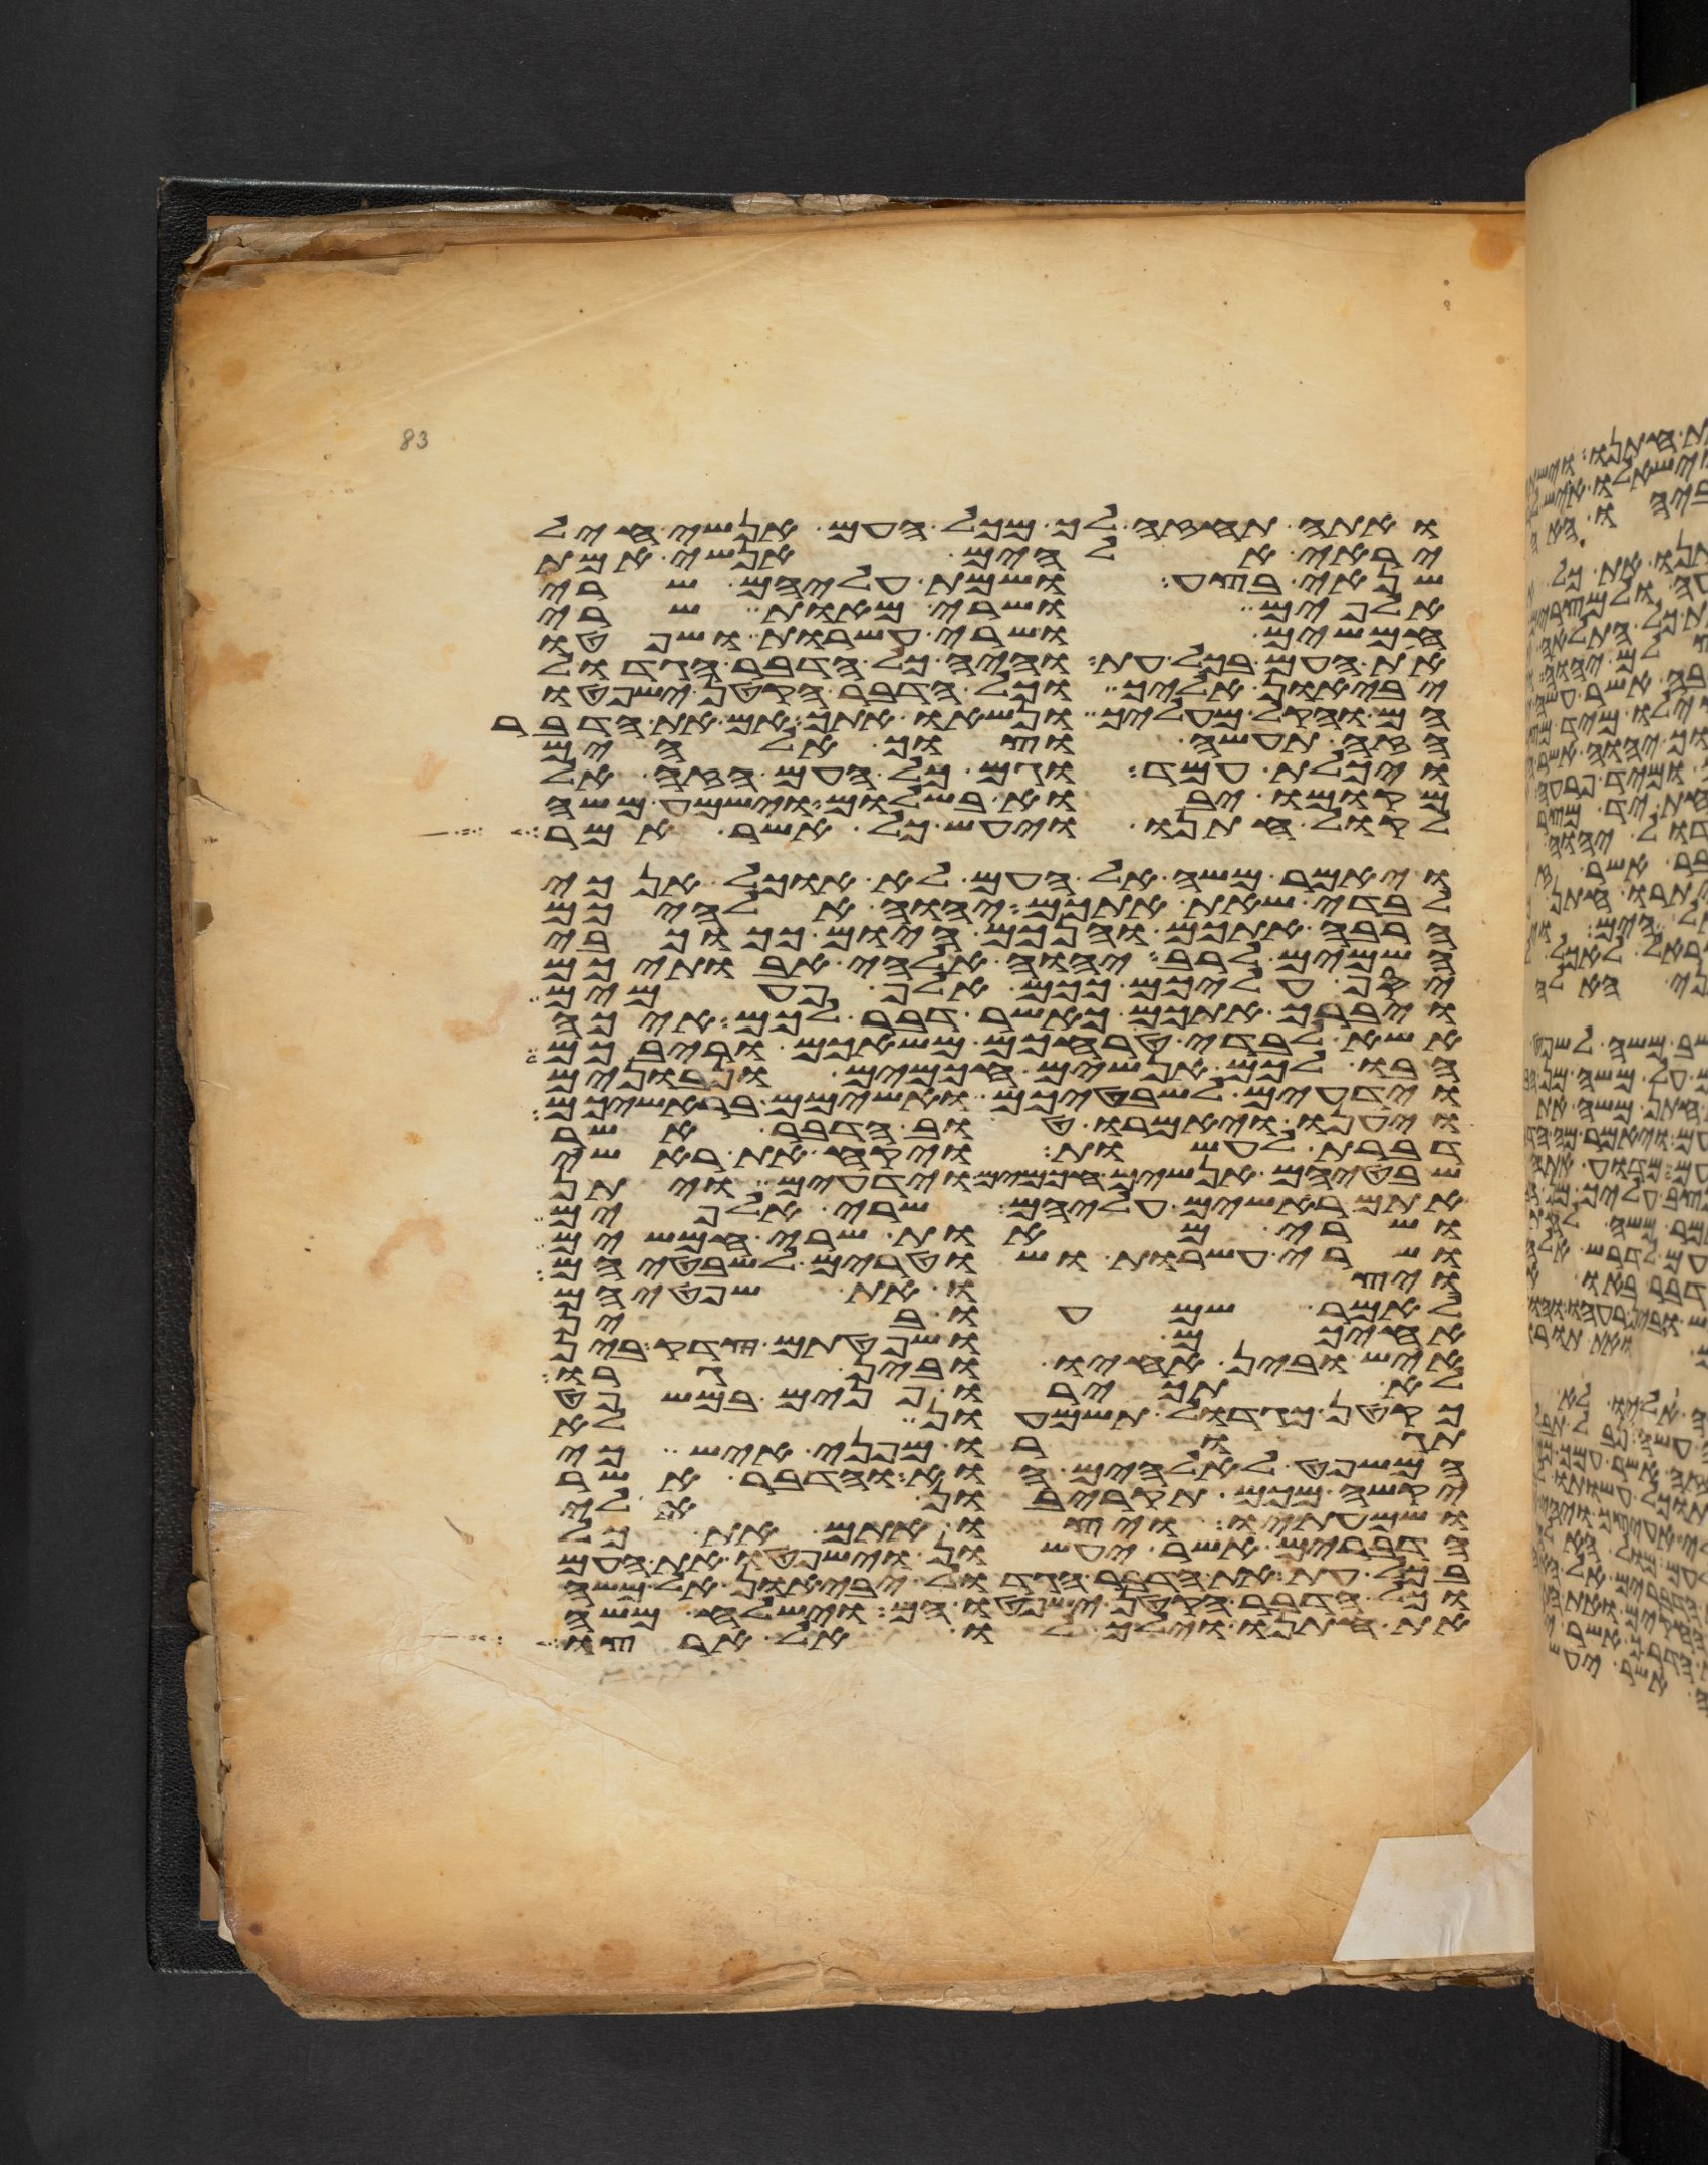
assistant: ואתה תחזה לך מכל העם אנשי חיל
יראי אלהים אנשי אמת
שנאי בצע ושמת עליהם שרי
אלפים ושרי מאות שרי
חמשים ושרי עשרות ושפטו
את העם בכל עת והיה כל הדבר הגדול
יביאון אליך וכל הדבר הקטן ישפטו
הם והקל מעליך ונשאו אתך אם את הדבר
הזה תעשה וצוך אלהים
ויכלת עמד וגם כל העם הזה אל
מקומו יבוא בשלום וישמע משה
לקול חתנו ויעש כל אשר אמר
ויאמר משה אל העם לא אוכל אנכי
לבדי שאת אתכם יהוה אלהיכם
הרבה אתכם והנכם היום ככוכבי
השמים לרב יהוה אלהי אבתיכם
יסף עליכם ככם אלף פעמים
ויברך אתכם כאשר דבר לכם איכה
אשא לבדי טרחכם משאכם וריבכם
הבו לכם אנשים חכמים ונבונים
וידעים לשבטיכם ואשימם בראשיכם
ויענו ויאמרו טוב הדבר אשר
דברת לעשות ויקח את ראשי
שבטיהם אנשים חכמים וידעים ויתן
אתם ראשים עליהם שרי אלפים
ושרי מאות שרי חמשים
ושרי עשרות ושטרים לשבטיהם
ויצו את שפטיהם
לאמר שמעו בין
אחיכם ושפטתם צדק בין
איש ובין אחיו ובין גרו
לא תכירו פנים במשפט
כקטן כגדול תשמעון לא
תגורו מפני איש כי
המשפט לאלהים הוא והדבר אשר
יקשה מכם תקריבון אלי
ושמעתיו ויצו אתם את כל
הדברים אשר יעשון וישפטו את העם
בכל עת את הדבר הגדול יביאון אל משה
וכל הדבר הקטן ישפטו הם וישלח משה
את חתנו וילך לו אל ארצו